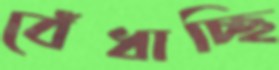
বেঁধাচ্ছি